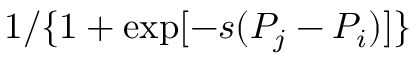
1 / \{ 1 + \exp [ - s ( { P } _ { j } - { P } _ { i } ) ] \}